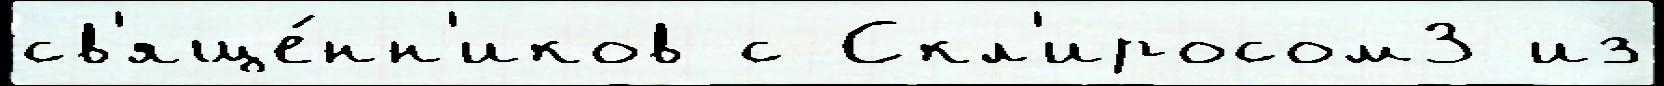
св'яще́нн'иков с Скл'иросом3 из